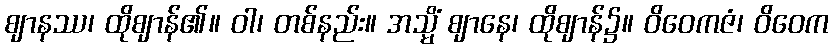
ဈာနဿ၊ ထိုဈာန်၏။ ဝါ၊ တစ်နည်း။ အသ္မိံ ဈာနေ၊ ထိုဈာန်၌။ ဝိဝေကဇံ၊ ဝိဝေက